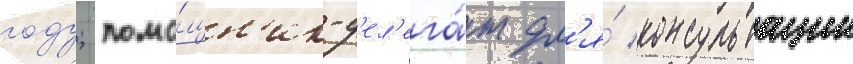
году; помо́щн'ик-д'ел'ега́т дл'я́ консультации